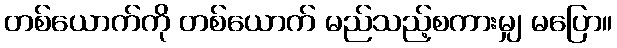
တစ်ယောက်ကို တစ်ယောက် မည်သည့်စကားမျှ မပြော။